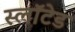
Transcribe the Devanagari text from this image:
स्लॉटेड